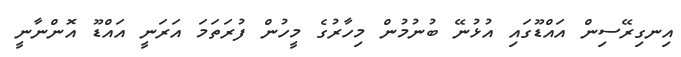
އިނގިރޭސިން އައްޑޫގައި އުޅުނޭ ބުނުމުން މިހާރުގެ މީހުން ފުރަތަމަ އަރަނީ އައްޑޫ އޮންނާނީ